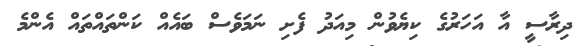
ދިރާސީ އާ އަހަރުގެ ކިޔެވުން މިއަދު ފެށި ނަމަވެސް ބައެއް ކަންތައްތައް އެންމެ